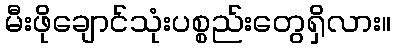
မီးဖိုချောင်သုံးပစ္စည်းတွေရှိလား။